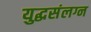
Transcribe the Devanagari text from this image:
युद्धसंलग्न